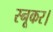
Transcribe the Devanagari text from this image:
स्नूकर।